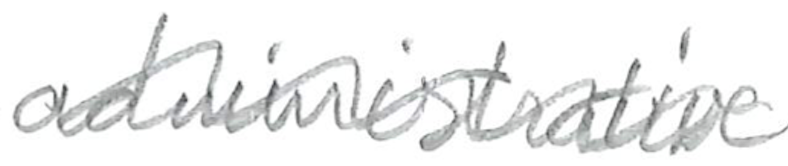
Text: administrative
Cross-out: wave
Writing tool: pencil